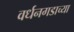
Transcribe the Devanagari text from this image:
वर्धनगडाच्या